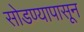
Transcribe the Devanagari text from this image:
सोडण्यापासून